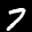
Label: 7